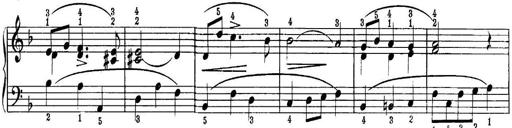
Title: Piano Sonatina No.1 in C major
Composer: Tadeusz Joteyko
Key: C major